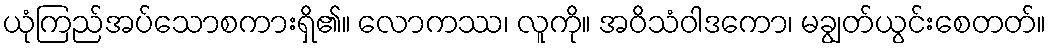
ယုံကြည်အပ်သောစကားရှိ၏။ လောကဿ၊ လူကို။ အဝိသံဝါဒကော၊ မချွတ်ယွင်းစေတတ်။